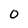
Character: O